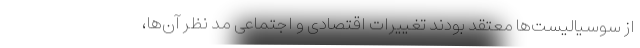
از سوسیالیست‌ها معتقد بودند تغییرات اقتصادی و اجتماعی مد نظر آن‌ها،